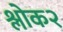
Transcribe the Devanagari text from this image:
श्लोक२